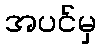
အပင်မှ